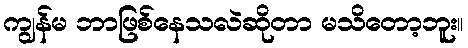
ကျွန်မ ဘာဖြစ်နေသလဲဆိုတာ မသိတော့ဘူး။